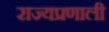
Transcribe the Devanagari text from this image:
राज्यप्रणाली